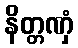
နိတ္တဏှံ